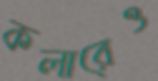
কলারেও